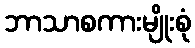
ဘာသာစကားမျိုးစုံ